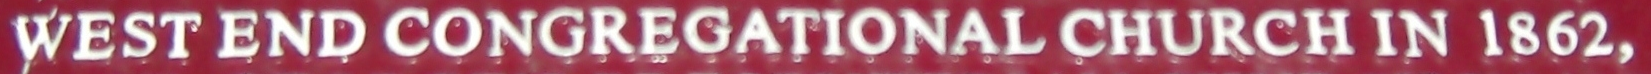
WEST END CONGREGATIONAL CHURCH IN 1862,